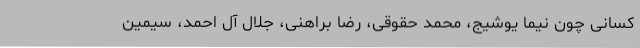
کسانی چون نیما یوشیج، محمد حقوقی، رضا براهنی، جلال آل احمد، سیمین